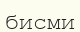
бисми